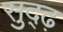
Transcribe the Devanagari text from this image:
सुद्ढ़